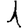
Digit: 1